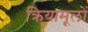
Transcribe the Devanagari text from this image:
क्रियामूलों